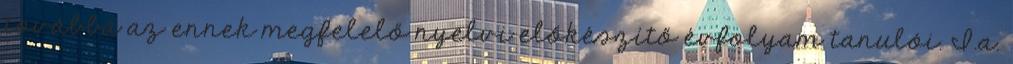
továbbá az ennek megfelelő nyelvi előkészítő évfolyam tanulói. I.a.